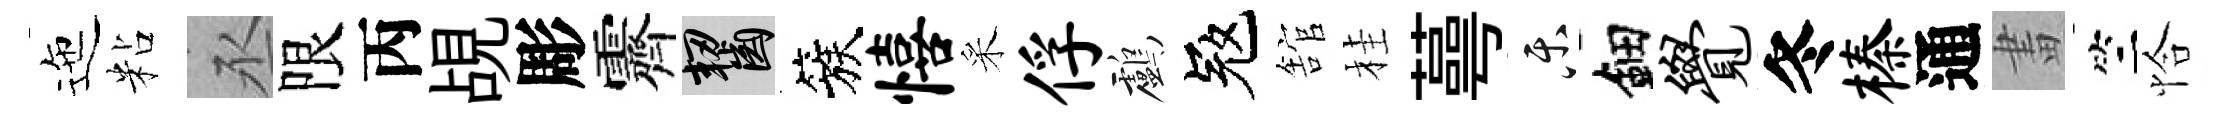
迤粘丞限丙覘彫霽齧簇僖采俘鸕冦舘桂蕚乐鈿觉冬榛通畫竺恰